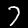
Label: 7